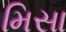
મિસા